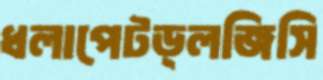
ধলাপেটড্লজিসি